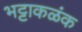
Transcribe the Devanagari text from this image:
भट्टाकळंक